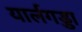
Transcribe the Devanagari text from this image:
यार्लगड्डा